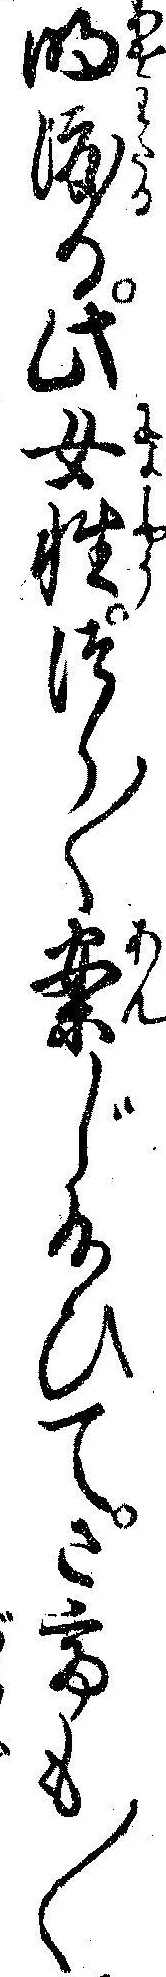
明渡る此女性つら〱案じ給ひてさても〱